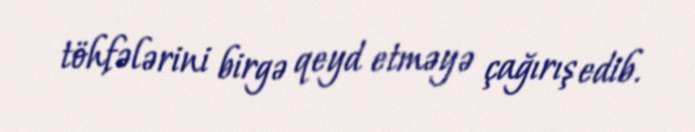
töhfələrini birgə qeyd etməyə çağırış edib.